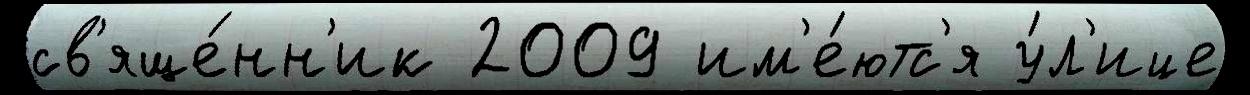
св'яще́нн'ик 2009 им'е́ютс'я у́л'ице